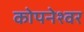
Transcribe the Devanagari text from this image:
कोपनेश्वर